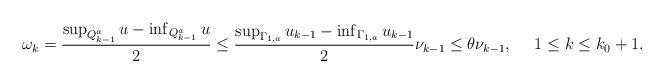
LaTeX: \begin{align*} \begin{aligned} {\omega}_k=\frac{\sup_{Q_{k-1}^a} u-\inf_{Q_{k-1}^a} u}{2}\leq \frac{\sup_{\Gamma_{1,a}}u_{k-1}-\inf_{\Gamma_{1,a}}u_{k-1}}{2}\nu_{k-1}\leq \theta\nu_{k-1}, ~~~~1\leq k \leq k_0 + 1. \end{aligned} \end{align*}